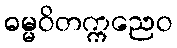
ဓမ္မဝိတက္ကညေဝ